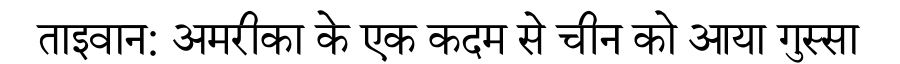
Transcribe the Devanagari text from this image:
ताइवान: अमरीका के एक कदम से चीन को आया गुस्सा